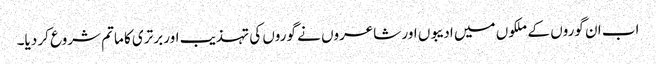
اب ان گوروں کے ملکوں میں ادیبوں اور شاعروں نے گوروں کی تہذیب اور برتری کا ماتم شروع کر دیا۔